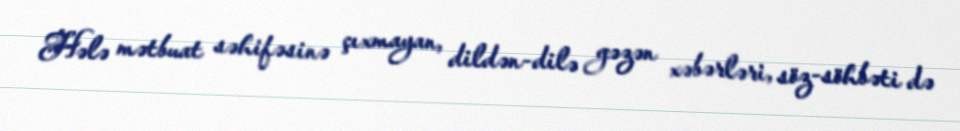
Hələ mətbuat səhifəsinə çıxmayan, dildən-dilə gəzən xəbərləri, söz-söhbəti də